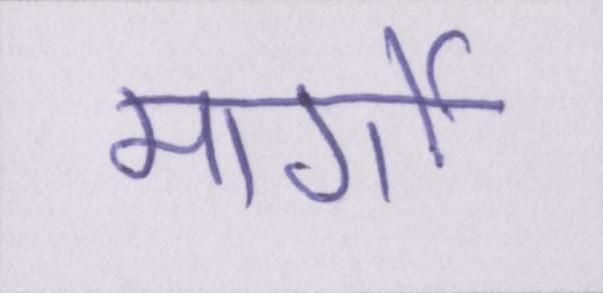
मार्गो